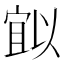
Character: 𭔈